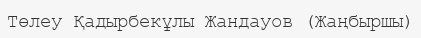
Төлеу Қадырбекұлы Жандауов (Жаңбыршы)